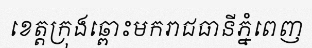
ខេត្តក្រុងឆ្ពោះមករាជធានីភ្នំពេញ